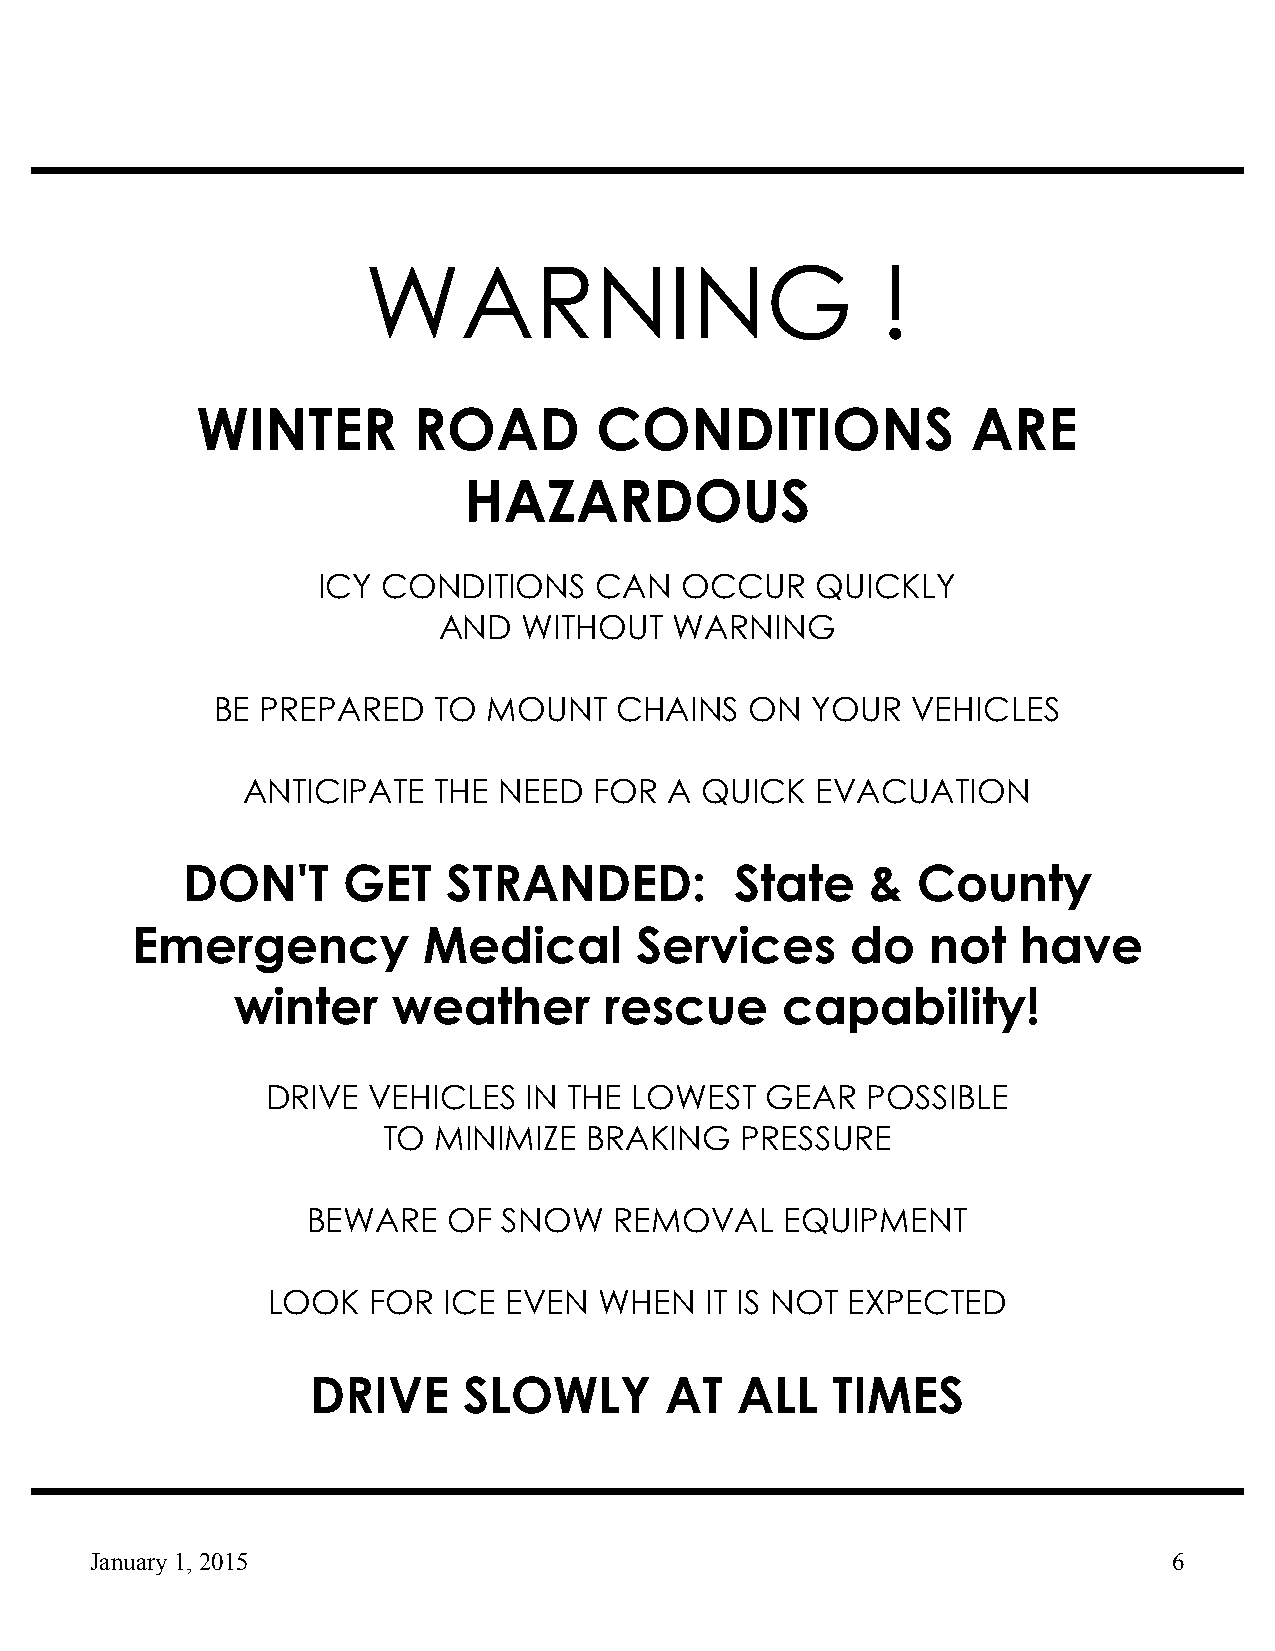
WARNING                           !
 WINTER        ROAD        CONDITIONS               ARE
 HAZARDOUS
 ICY CONDITIONS    CAN   OCCUR    QUICKLY
 AND   WITHOUT   WARNING
 BE PREPARED    TO MOUNT    CHAINS   ON  YOUR  VEHICLES
 ANTICIPATE   THE NEED  FOR  A QUICK   EVACUATION
 DON'T      GET    STRANDED:          State    &  County
 Emergency          Medical       Services      do   not    have
 winter     weather       rescue      capability!
 DRIVE VEHICLES   IN THE LOWEST   GEAR  POSSIBLE
 TO  MINIMIZE  BRAKING   PRESSURE
 BEWARE    OF SNOW    REMOVAL    EQUIPMENT
 LOOK  FOR  ICE  EVEN  WHEN   IT IS NOT EXPECTED
 DRIVE     SLOWLY       AT   ALL   TIMES
 January 1, 2015                                                         6